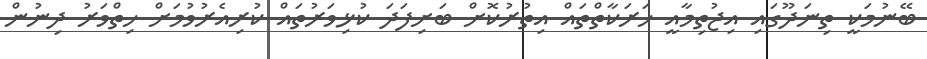
ބޭނުމަކީ ތިނަދޫގައި އިޖުތިމާއީ ހަރަކާތްތައް އިތުރުކޮށް ބަށިފަދަ ކުޅިވަރުތައް ކުރިއެރުވުމަށް ހިތްވަރު ދިނުން